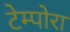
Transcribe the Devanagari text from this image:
टेम्पोरा